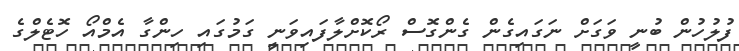
ފުލުހުން ބުނީ ވަގަށް ނަގައިގެން ގެންގޮސް ރޯކޮށްލާފައިވަނީ ގަމުގައި ހިންގާ އެމްއޯ ހޮޓެލްގެ